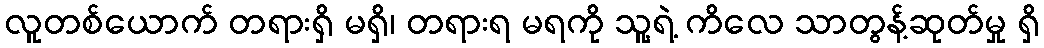
လူတစ်ယောက် တရားရှိ မရှိ၊ တရားရ မရကို သူ့ရဲ့ ကိလေ သာတွန့်ဆုတ်မှု ရှိ